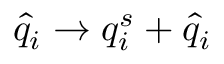
\hat { q } _ { i } \rightarrow q _ { i } ^ { s } + \hat { q } _ { i }